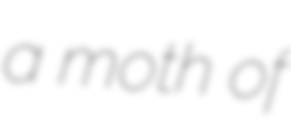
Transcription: a moth of